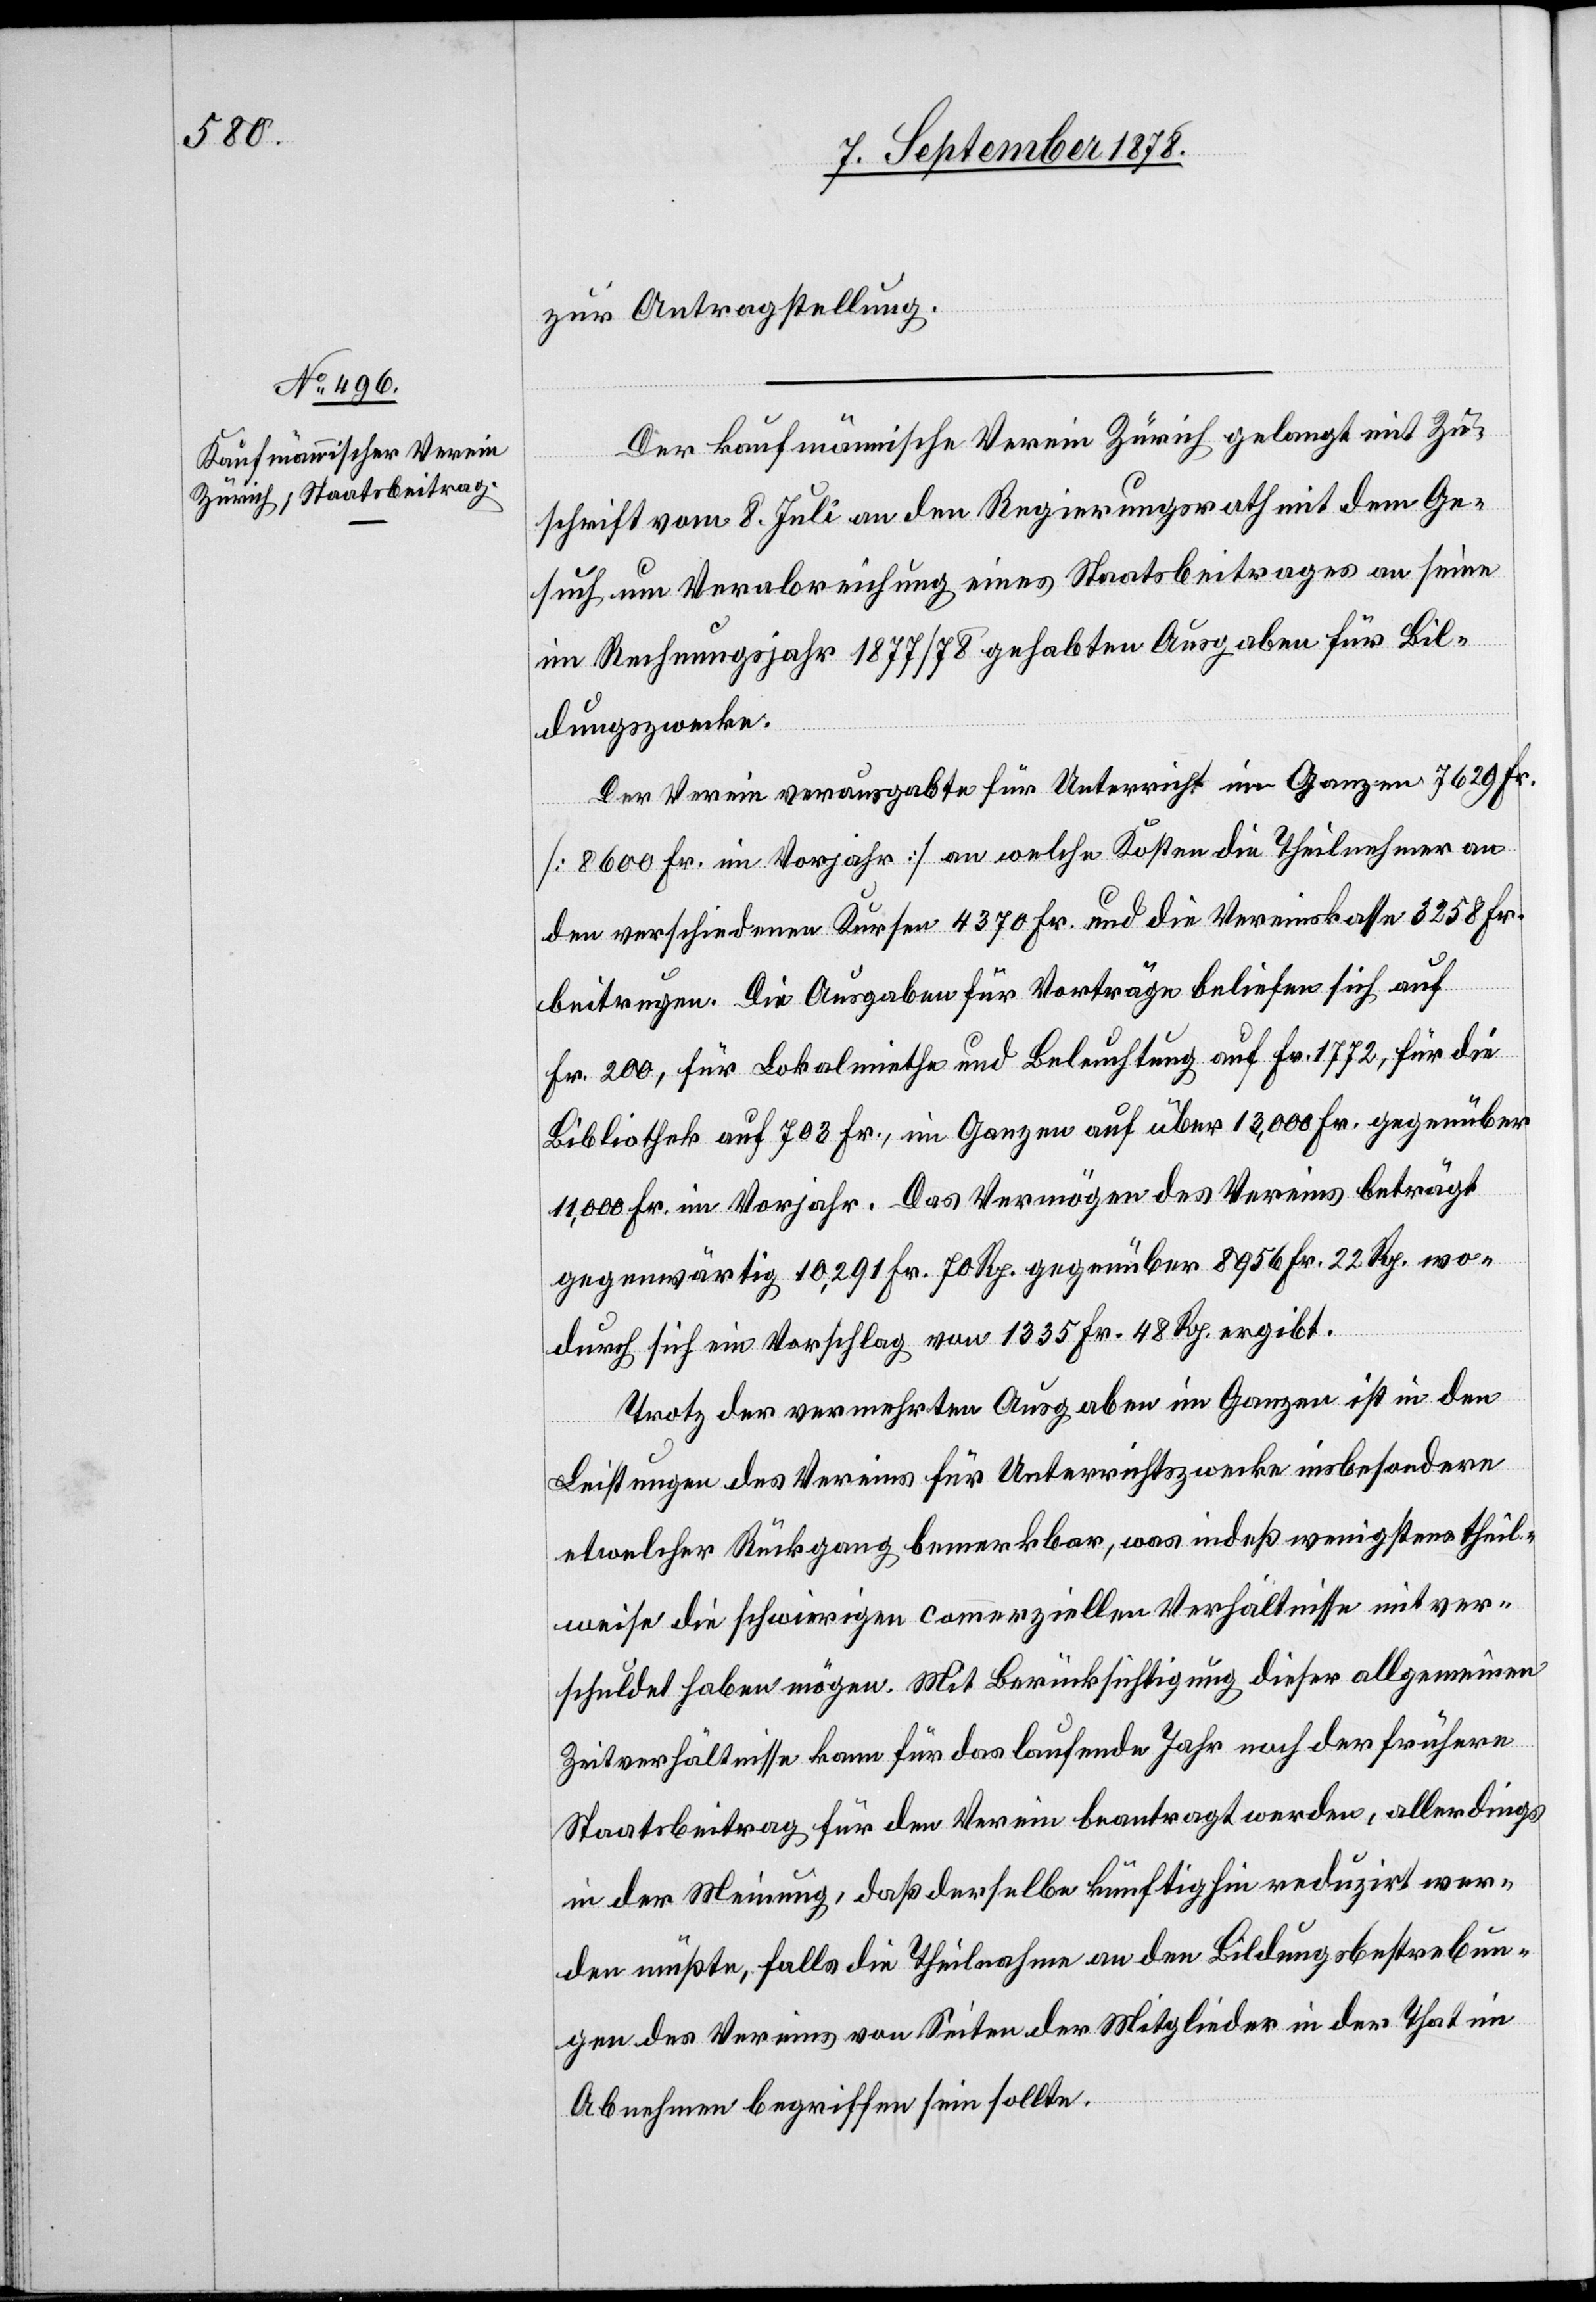
zur Antragstellung.
Der kaufmännische Verein Zürich gelangt mit Zu¬
schrift vom 8. Juli an den Regierungsrath mit dem Ge¬
such um Verabreichung eines Staatsbeitrages an seine
im Rechnungsjahr 1877/78 gehabten Ausgaben für Bil¬
dungszwecke.
Der Verein verausgabte für Unterricht im Ganzen 7629 Fr.
[8600 Fr. im Vorjahr] an welche Kosten die Theilnehmer an
den verschiedenen Kursen 4370 Fr. und die Vereinskasse 3258 Fr.
beitrugen. Die Ausgaben für Vorträge beliefen sich auf
Fr. 200, für Lokalmiethe und Beleuchtung auf Fr. 1772, für die
Bibliothek auf 703 Fr., im Ganzen auf über 13,000 Fr. gegenüber
11,000 Fr. im Vorjahr. Das Vermögen des Vereins beträgt
gegenwärtig 10,291 Fr. 70 Rp. gegenüber 8956 Fr. 22 Rp. wo¬
durch sich ein Vorschlag von 1335 Fr. 48 Rp. ergibt.
Trotz der vermehrten Ausgaben im Ganzen ist in den
Leistungen des Vereins für Unterrichtszwecke insbesondere
etwelcher Rückgang bemerkbar, was indeß wenigtens theil¬
weise die schwierigen commerziellen Verhältnisse mitver¬
schuldet haben mögen. Mit Berücksichtigung dieser allgemeinen
Zeitverhältnisse kann für das laufende Jahr noch der frühere
Staatsbeitrag für den Verein beantragt werden, allerdings
in der Meinung, daß derselbe künftighin reduzirt wer¬
den müßte, falls die Theilnahme an den Bildungsbestrebun¬
gen des Vereins von Seiten der Mitglieder in der That im
Abnehmen begriffen sein sollte.